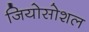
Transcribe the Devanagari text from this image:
जियोसोशल